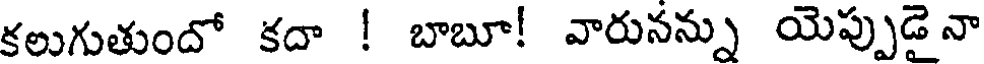
కలుగుతుందో కదా ! బాబూ! వారునన్ను యెప్పుడైనా